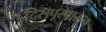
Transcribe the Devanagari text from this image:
दिसपूरपासून